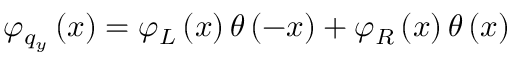
{ { \varphi } _ { { { q } _ { y } } } } \left( x \right) = { { \varphi } _ { L } } \left( x \right) \theta \left( - x \right) + { { \varphi } _ { R } } \left( x \right) \theta \left( x \right)